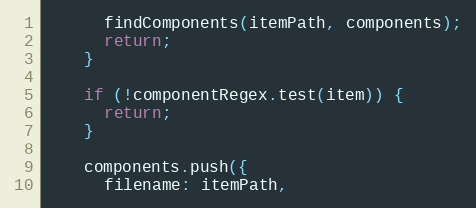
Language: JavaScript
      findComponents(itemPath, components);
      return;
    }

    if (!componentRegex.test(item)) {
      return;
    }

    components.push({
      filename: itemPath,